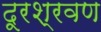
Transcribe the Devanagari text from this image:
दूरश्रवण